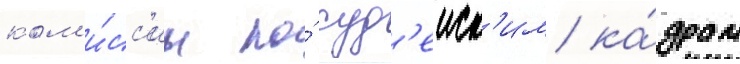
ком'и́сс'ии по́ суд'еиск'им ка́драм